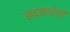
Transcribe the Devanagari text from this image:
रूद्रमादेवी